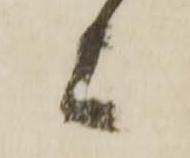
上